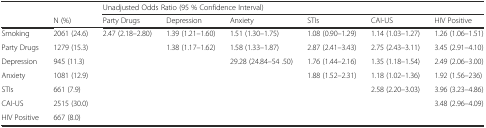
<table><thead><tr><td>[EMPTY_CELL]</td><td>[EMPTY_CELL]</td><td colspan="6"><b>Unadjusted Odds Ratio (95 % Confidence Interval)</b></td></tr><tr><td>[EMPTY_CELL]</td><td><b>N (%)</b></td><td><b>Party Drugs</b></td><td><b>Depression</b></td><td><b>Anxiety</b></td><td><b>STIs</b></td><td><b>CAI-US</b></td><td><b>HIV Positive</b></td></tr></thead><tbody><tr><td>Smoking</td><td>2061 (24.6)</td><td>2.47 (2.18–2.80)</td><td>1.39 (1.21–1.60)</td><td>1.51 (1.30–1.75)</td><td>1.08 (0.90–1.29)</td><td>1.14 (1.03–1.27)</td><td>1.26 (1.06–1.51)</td></tr><tr><td>Party Drugs</td><td>1279 (15.3)</td><td>[EMPTY_CELL]</td><td>1.38 (1.17–1.62)</td><td>1.58 (1.33–1.87)</td><td>2.87 (2.41–3.43)</td><td>2.75 (2.43–3.11)</td><td>3.45 (2.91–4.10)</td></tr><tr><td>Depression</td><td>945 (11.3)</td><td>[EMPTY_CELL]</td><td>[EMPTY_CELL]</td><td>29.28 (24.84–54 .50)</td><td>1.76 (1.44–2.16)</td><td>1.35 (1.18–1.54)</td><td>2.49 (2.06–3.00)</td></tr><tr><td>Anxiety</td><td>1081 (12.9)</td><td>[EMPTY_CELL]</td><td>[EMPTY_CELL]</td><td>[EMPTY_CELL]</td><td>1.88 (1.52–2.31)</td><td>1.18 (1.02–1.36)</td><td>1.92 (1.56–236)</td></tr><tr><td>STIs</td><td>661 (7.9)</td><td>[EMPTY_CELL]</td><td>[EMPTY_CELL]</td><td>[EMPTY_CELL]</td><td>[EMPTY_CELL]</td><td>2.58 (2.20–3.03)</td><td>3.96 (3.23–4.86)</td></tr><tr><td>CAI-US</td><td>2515 (30.0)</td><td>[EMPTY_CELL]</td><td>[EMPTY_CELL]</td><td>[EMPTY_CELL]</td><td>[EMPTY_CELL]</td><td>[EMPTY_CELL]</td><td>3.48 (2.96–4.09)</td></tr><tr><td>HIV Positive</td><td>667 (8.0)</td><td>[EMPTY_CELL]</td><td>[EMPTY_CELL]</td><td>[EMPTY_CELL]</td><td>[EMPTY_CELL]</td><td>[EMPTY_CELL]</td><td>[EMPTY_CELL]</td></tr></tbody></table>